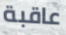
عاقبة